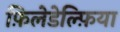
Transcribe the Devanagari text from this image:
फ़िलेडेल्फ़िया